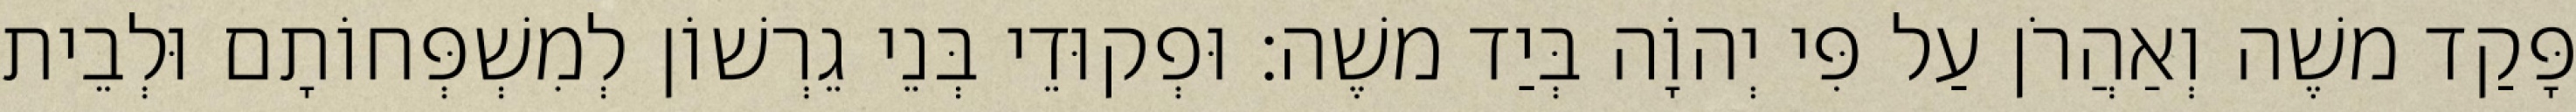
פָּקַד משֶׁה וְאַהֲרֹן עַל פִּי יְהוָֹה בְּיַד משֶׁה׃ וּפְקוּדֵי בְּנֵי גֵרְשׁוֹן לְמִשְׁפְּחוֹתָם וּלְבֵית